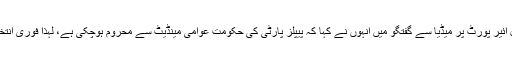
لاہور کے علامہ اقبال انٹرنیشنل ائیر پورٹ پر میڈیا سے گفتگو میں اُنہوں نے کہا کہ پیپلز پارٹی کی حکومت عوامی مینڈیٹ سے محروم ہوچکی ہے، لہٰذا فوری انتخابات وقت کی اہم ضرورت ہیں۔